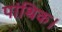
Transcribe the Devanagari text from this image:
पांथिक।